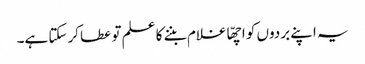
یہ اپنے بردوں کو اچھّا غلام بننے کا علم تو عطا کرسکتا ہے۔